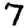
Digit: 7